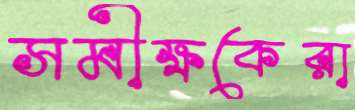
সমীক্ষকেরা